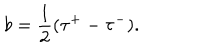
b = \frac 1 2 ( \tau ^ { + } - \tau ^ { - } ) .